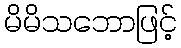
မိမိသဘောဖြင့်